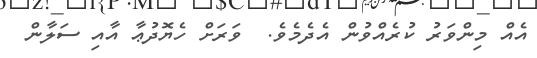
އެއް މިންވަރު ކުރެއްވުން އެދެމެވެ.  ވަރަށް ހެޔޮދުޢާ އާއި ސަލާން